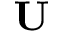
\mathbf { U }